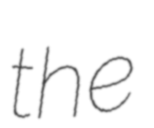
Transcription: the